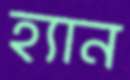
হ্যান